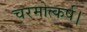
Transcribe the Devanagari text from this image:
चरमोत्कर्ष।